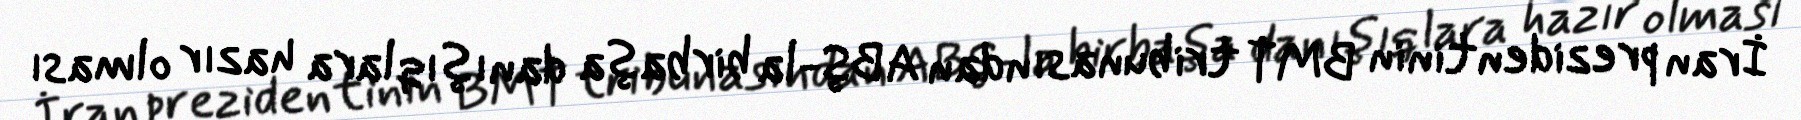
İran prezidentinin BMT tribunasından ABŞ-la birbaşa danışıqlara hazır olması